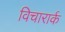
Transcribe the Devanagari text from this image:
विचारार्क